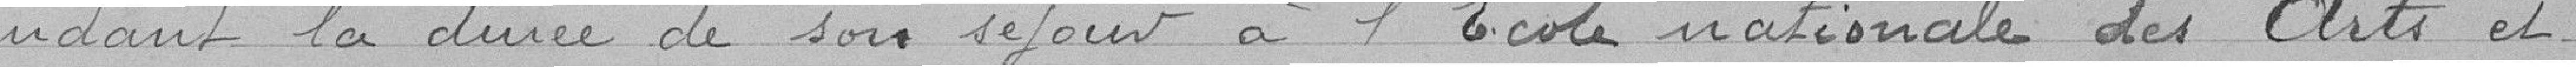
pendant la durée de son séjour à l'Ecole nationale des Arts et